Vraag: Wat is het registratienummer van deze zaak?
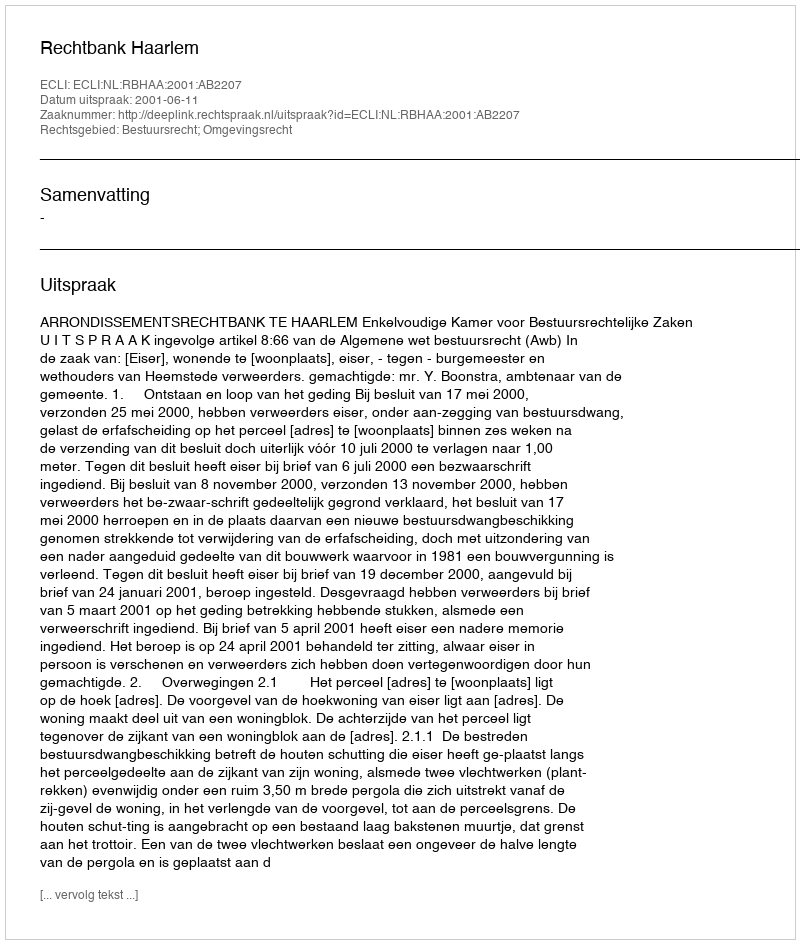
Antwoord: http://deeplink.rechtspraak.nl/uitspraak?id=ECLI:NL:RBHAA:2001:AB2207